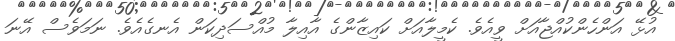
އުޅޭ އަންހެންކުއްޖާއަށް ވީއެވެ. ކެމީލާއަށް ކައިޒާންގެ އާއިލާ މުއްސަދިކަން އެނގެއެވެ. ނަމަވެސް އޭނަ